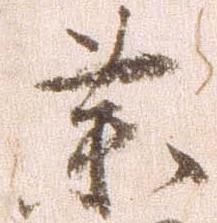
薬